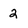
Character: 2